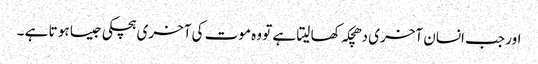
اور جب انسان آخری دھچکہ کھا لیتا ہے تو وہ موت کی آخری ہچکی جیسا ہو تا ہے ۔